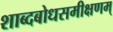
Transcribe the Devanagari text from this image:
शाब्दबोधसमीक्षणम्